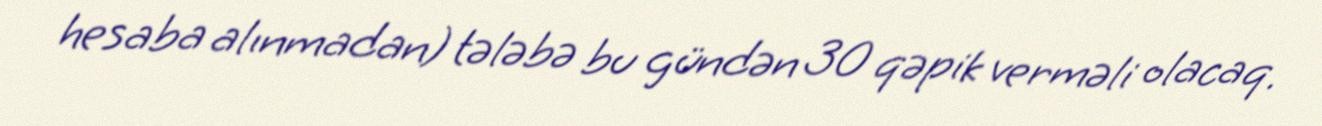
hesaba alınmadan) tələbə bu gündən 30 qəpik verməli olacaq.